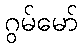
ဂွမ်မော်